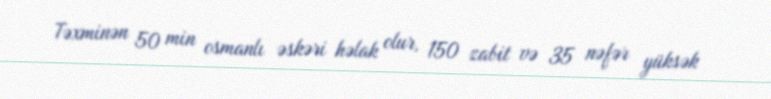
Təxminən 50 min osmanlı əskəri həlak olur, 150 zabit və 35 nəfər yüksək